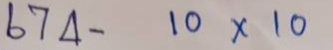
674 - 10 x 10